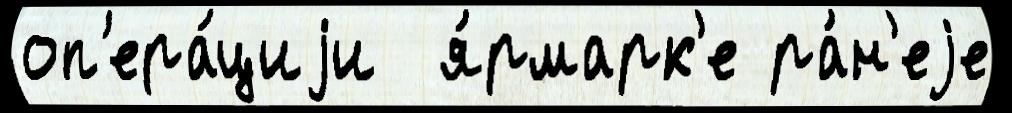
оп'ера́циjи  я́рмарк'е ра́н'еjе